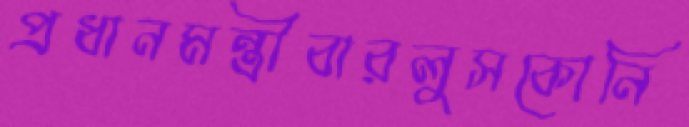
প্রধানমন্ত্রীবারলুসকোনি